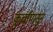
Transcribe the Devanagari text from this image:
कूर्चापासून